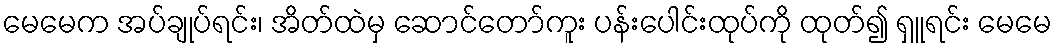
မေမေက အပ်ချုပ်ရင်း၊ အိတ်ထဲမှ ဆောင်တော်ကူး ပန်းပေါင်းထုပ်ကို ထုတ်၍ ရှူရင်း မေမေ